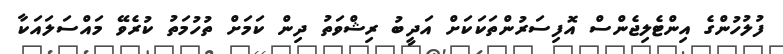
ފުލުހުންގެ އިންޓެލިޖެންސް އޮފިސަރުންތަކަކަށް އަދީބު ރިޝްވަތު ދިން ކަމަށް ތުހުމަތު ކުރެވޭ މައްސަލައަކާ